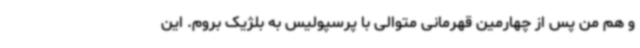
و هم من پس از چهارمین قهرمانی متوالی با پرسپولیس به بلژیک بروم. این